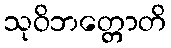
သုဝိဘတ္တောတိ